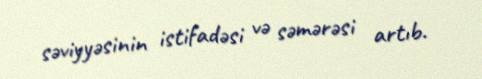
səviyyəsinin istifadəsi və səmərəsi artıb.